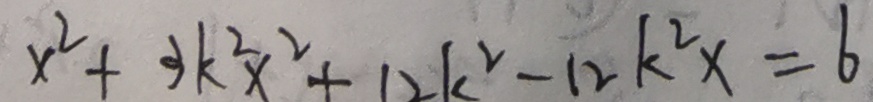
x ^ { 2 } + 3 k ^ { 2 } x ^ { 2 } + 1 2 k ^ { 2 } - 1 2 k ^ { 2 } x = 6